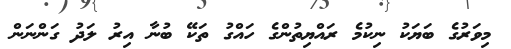
މިވަރުގެ ބަޔަކު ނިކުމެ ރައްޔިތުންގެ ހައްގު ތަކޭ ބުނާ އިރު ލަދު ގަންނަން